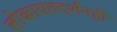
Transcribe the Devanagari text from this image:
लोकायतदर्शनही